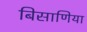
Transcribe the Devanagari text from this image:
बिसाणिया